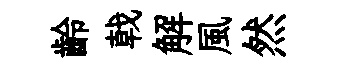
齡戟解風然